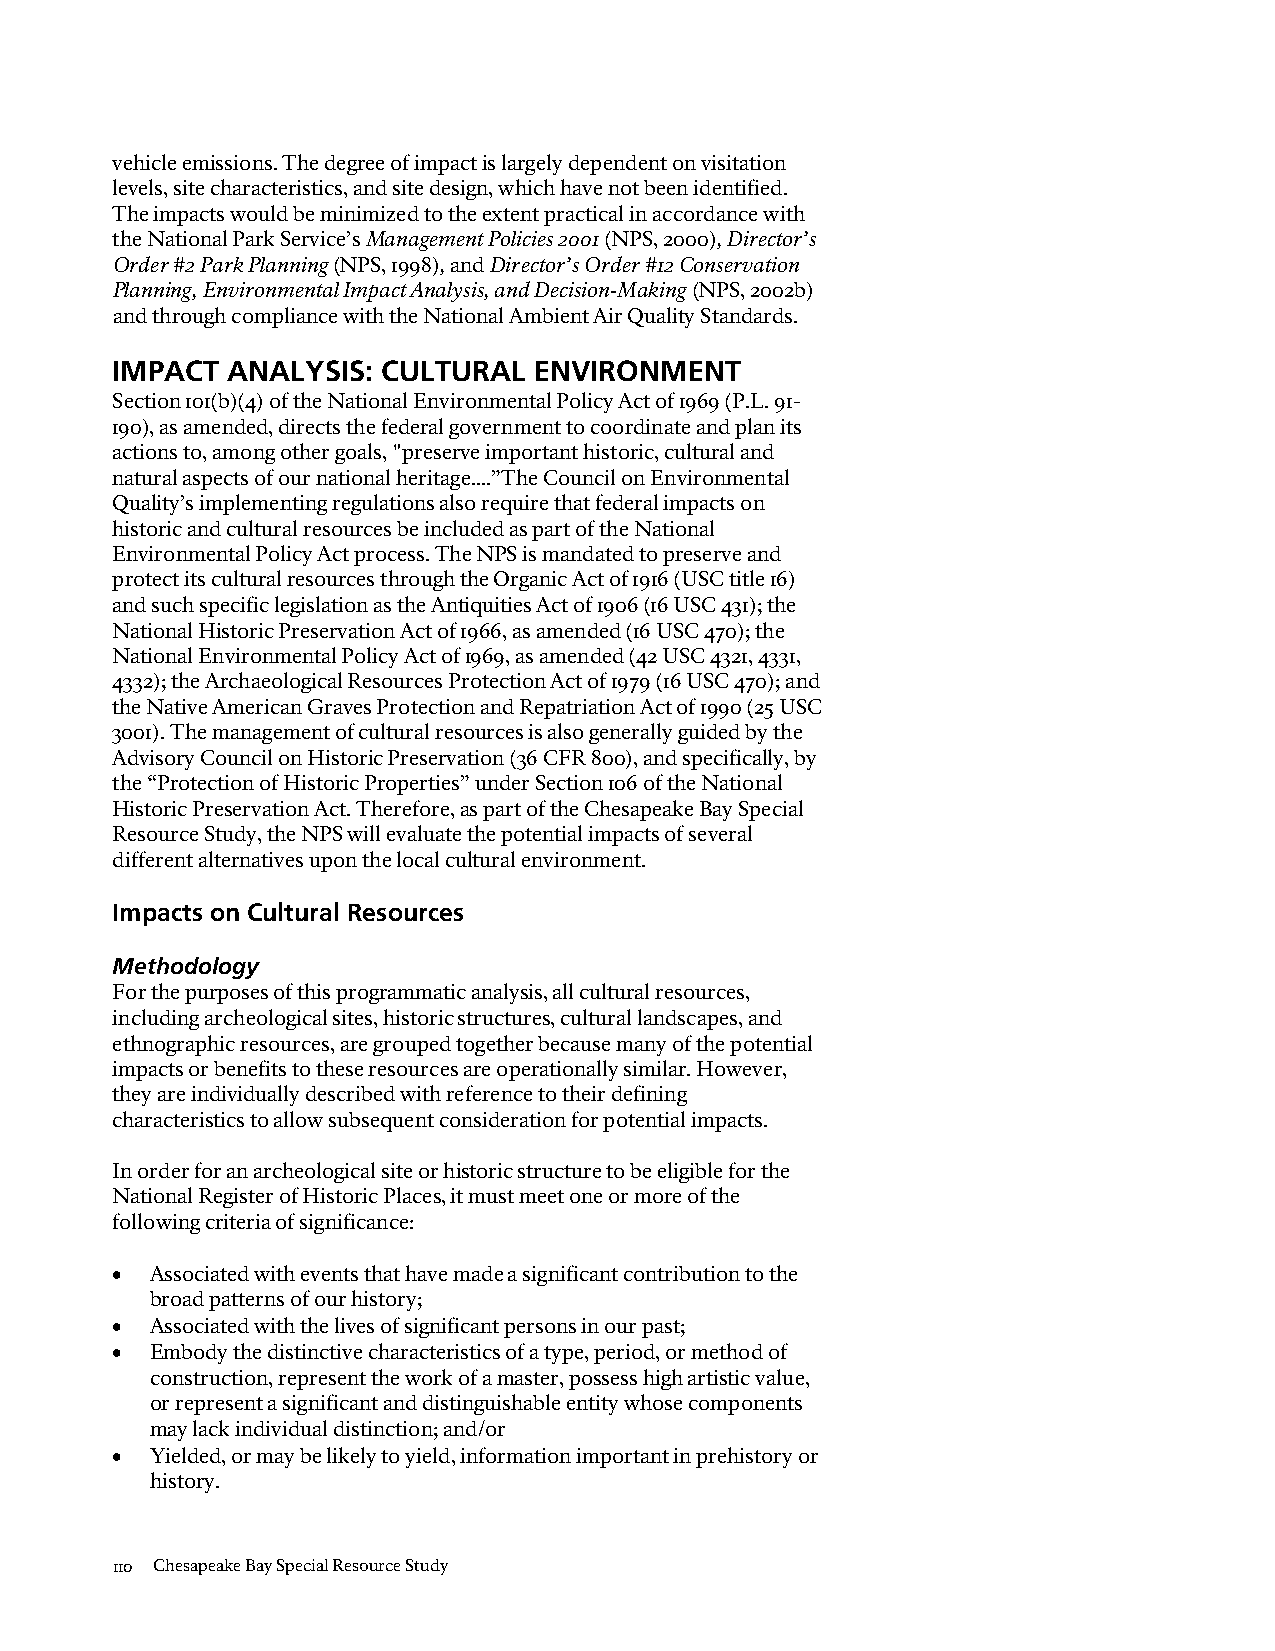
vehicle emissions. The degree of impact is largely dependent on visitation
 levels, site characteristics, and site design, which have not been identified.
 The impacts would be minimized to the extent practical in accordance with
 the National Park Service’s Management Policies 2001 (NPS, 2000), Director’s
 Order #2 Park Planning (NPS, 1998), and Director’s Order #12 Conservation
 Planning, Environmental Impact Analysis, and Decision-Making (NPS, 2002b)
 and through compliance with the National Ambient Air Quality Standards.
 IMPACT  ANALYSIS: CULTURAL  ENVIRONMENT
 Section 101(b)(4) of the National Environmental Policy Act of 1969 (P.L. 91-
 190), as amended, directs the federal government to coordinate and plan its
 actions to, among other goals, "preserve important historic, cultural and
 natural aspects of our national heritage....”The Council on Environmental
 Quality’s implementing regulations also require that federal impacts on
 historic and cultural resources be included as part of the National
 Environmental Policy Act process. The NPS is mandated to preserve and
 protect its cultural resources through the Organic Act of 1916 (USC title 16)
 and such specific legislation as the Antiquities Act of 1906 (16 USC 431); the
 National Historic Preservation Act of 1966, as amended (16 USC 470); the
 National Environmental Policy Act of 1969, as amended (42 USC 4321, 4331,
 4332); the Archaeological Resources Protection Act of 1979 (16 USC 470); and
 the Native American Graves Protection and Repatriation Act of 1990 (25 USC
 3001). The management of cultural resources is also generally guided by the
 Advisory Council on Historic Preservation (36 CFR 800), and specifically, by
 the “Protection of Historic Properties” under Section 106 of the National
 Historic Preservation Act. Therefore, as part of the Chesapeake Bay Special
 Resource Study, the NPS will evaluate the potential impacts of several
 different alternatives upon the local cultural environment.
 Impacts on Cultural Resources
 Methodology
 For the purposes of this programmatic analysis, all cultural resources,
 including archeological sites, historic structures, cultural landscapes, and
 ethnographic resources, are grouped together because many of the potential
 impacts or benefits to these resources are operationally similar. However,
 they are individually described with reference to their defining
 characteristics to allow subsequent consideration for potential impacts.
 In order for an archeological site or historic structure to be eligible for the
 National Register of Historic Places, it must meet one or more of the
 following criteria of significance:
 •  Associated with events that have made a significant contribution to the
 broad patterns of our history;
 •  Associated with the lives of significant persons in our past;
 •  Embody the distinctive characteristics of a type, period, or method of
 construction, represent the work of a master, possess high artistic value,
 or represent a significant and distinguishable entity whose components
 may lack individual distinction; and/or
 •  Yielded, or may be likely to yield, information important in prehistory or
 history.
 110 Chesapeake Bay Special Resource Study